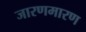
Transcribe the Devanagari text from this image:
जारणमारण